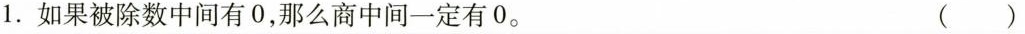
1.如果被除数中间有0，那么商中间一定有0. ()